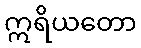
ဣရိယတော